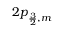
2 p _ { \frac { 3 } { 2 } , m }